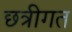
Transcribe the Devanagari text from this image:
छत्रीगत